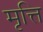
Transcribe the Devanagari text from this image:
मृत्ति